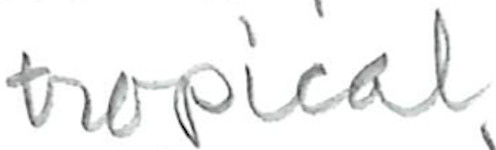
Text: tropical,
Cross-out: clean
Writing tool: pencil